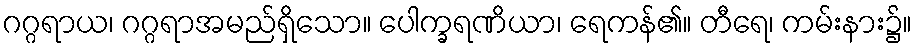
ဂဂ္ဂရာယ၊ ဂဂ္ဂရာအမည်ရှိသော။ ပေါက္ခရဏိယာ၊ ရေကန်၏။ တီရေ၊ ကမ်းနား၌။